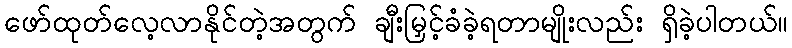
ဖော်ထုတ်လေ့လာနိုင်တဲ့အတွက် ချီးမြှင့်ခံခဲ့ရတာမျိုးလည်း ရှိခဲ့ပါတယ်။